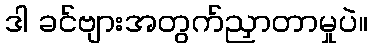
ဒါ ခင်ဗျားအတွက်ညှာတာမှုပဲ။